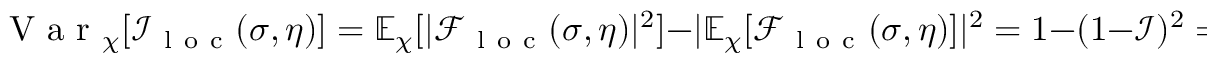
\mathrm { ~ V ~ a ~ r ~ } _ { \chi } [ \mathcal { I } _ { \mathrm { ~ l ~ o ~ c ~ } } ( \sigma , \eta ) ] = \mathbb { E } _ { \chi } [ | \mathcal { F } _ { \mathrm { ~ l ~ o ~ c ~ } } ( \sigma , \eta ) | ^ { 2 } ] - | \mathbb { E } _ { \chi } [ \mathcal { F } _ { \mathrm { ~ l ~ o ~ c ~ } } ( \sigma , \eta ) ] | ^ { 2 } = 1 - ( 1 - \mathcal { I } ) ^ { 2 } = 2 \mathcal { I } - \mathcal { I } ^ { 2 } .